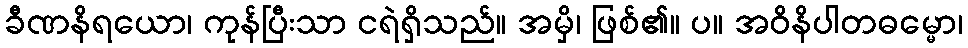
ခီဏနိရယော၊ ကုန်ပြီးသာ ငရဲရှိသည်။ အမှိ၊ ဖြစ်၏။ ပ။ အဝိနိပါတဓမ္မော၊